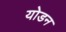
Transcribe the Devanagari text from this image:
योडन